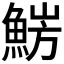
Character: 𩷜